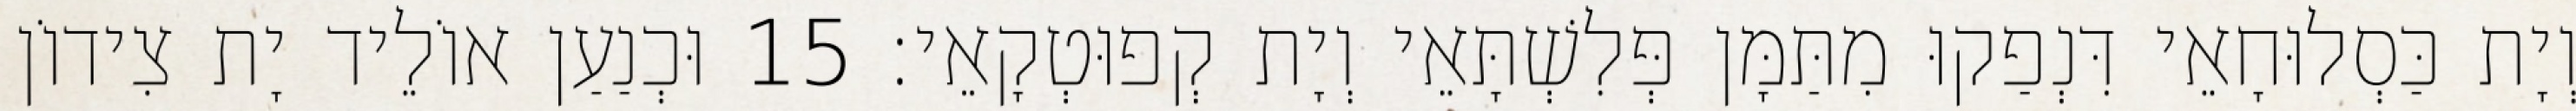
וְיָת כַּסְלוּחָאֵי דִּנְפַקוּ מִתַּמָּן פְּלִשְׁתָּאֵי וְיָת קְפוּטְקָאֵי׃ 15 וּכְנַעַן אוֹלֵיד יָת צִידוֹן